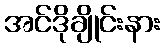
အင်ဒိုချိုင်းနား